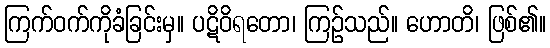
ကြက်ဝက်ကိုခံခြင်းမှ။ ပဋိဝိရတော၊ ကြဉ်သည်။ ဟောတိ၊ ဖြစ်၏။